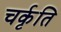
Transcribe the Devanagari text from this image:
चर्कृति